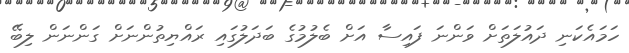
ހަމައެކަނި ދައުލަތަށް ވަންނަ ފައިސާ އަށް ބެލުމުގެ ބަދަލުގައި ރައްޔިތުންނަށް ގަންނަން ލިބޭ